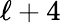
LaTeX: \ell+4